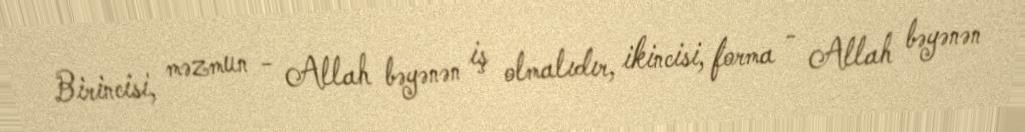
Birincisi, məzmun - Allah bəyənən iş olmalıdır, ikincisi, forma - Allah bəyənən